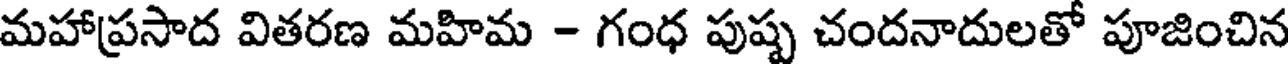
మహాప్రసాద వితరణ మహిమ - గంధ పుష్ప చందనాదులతో పూజించిన